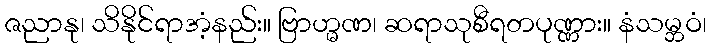
ဇညာနု၊ သိနိုင်ရာအံ့နည်း။ ဗြာဟ္မဏ၊ ဆရာသုစီရတပုဏ္ဏား။ နံသမ္ဘဝံ၊